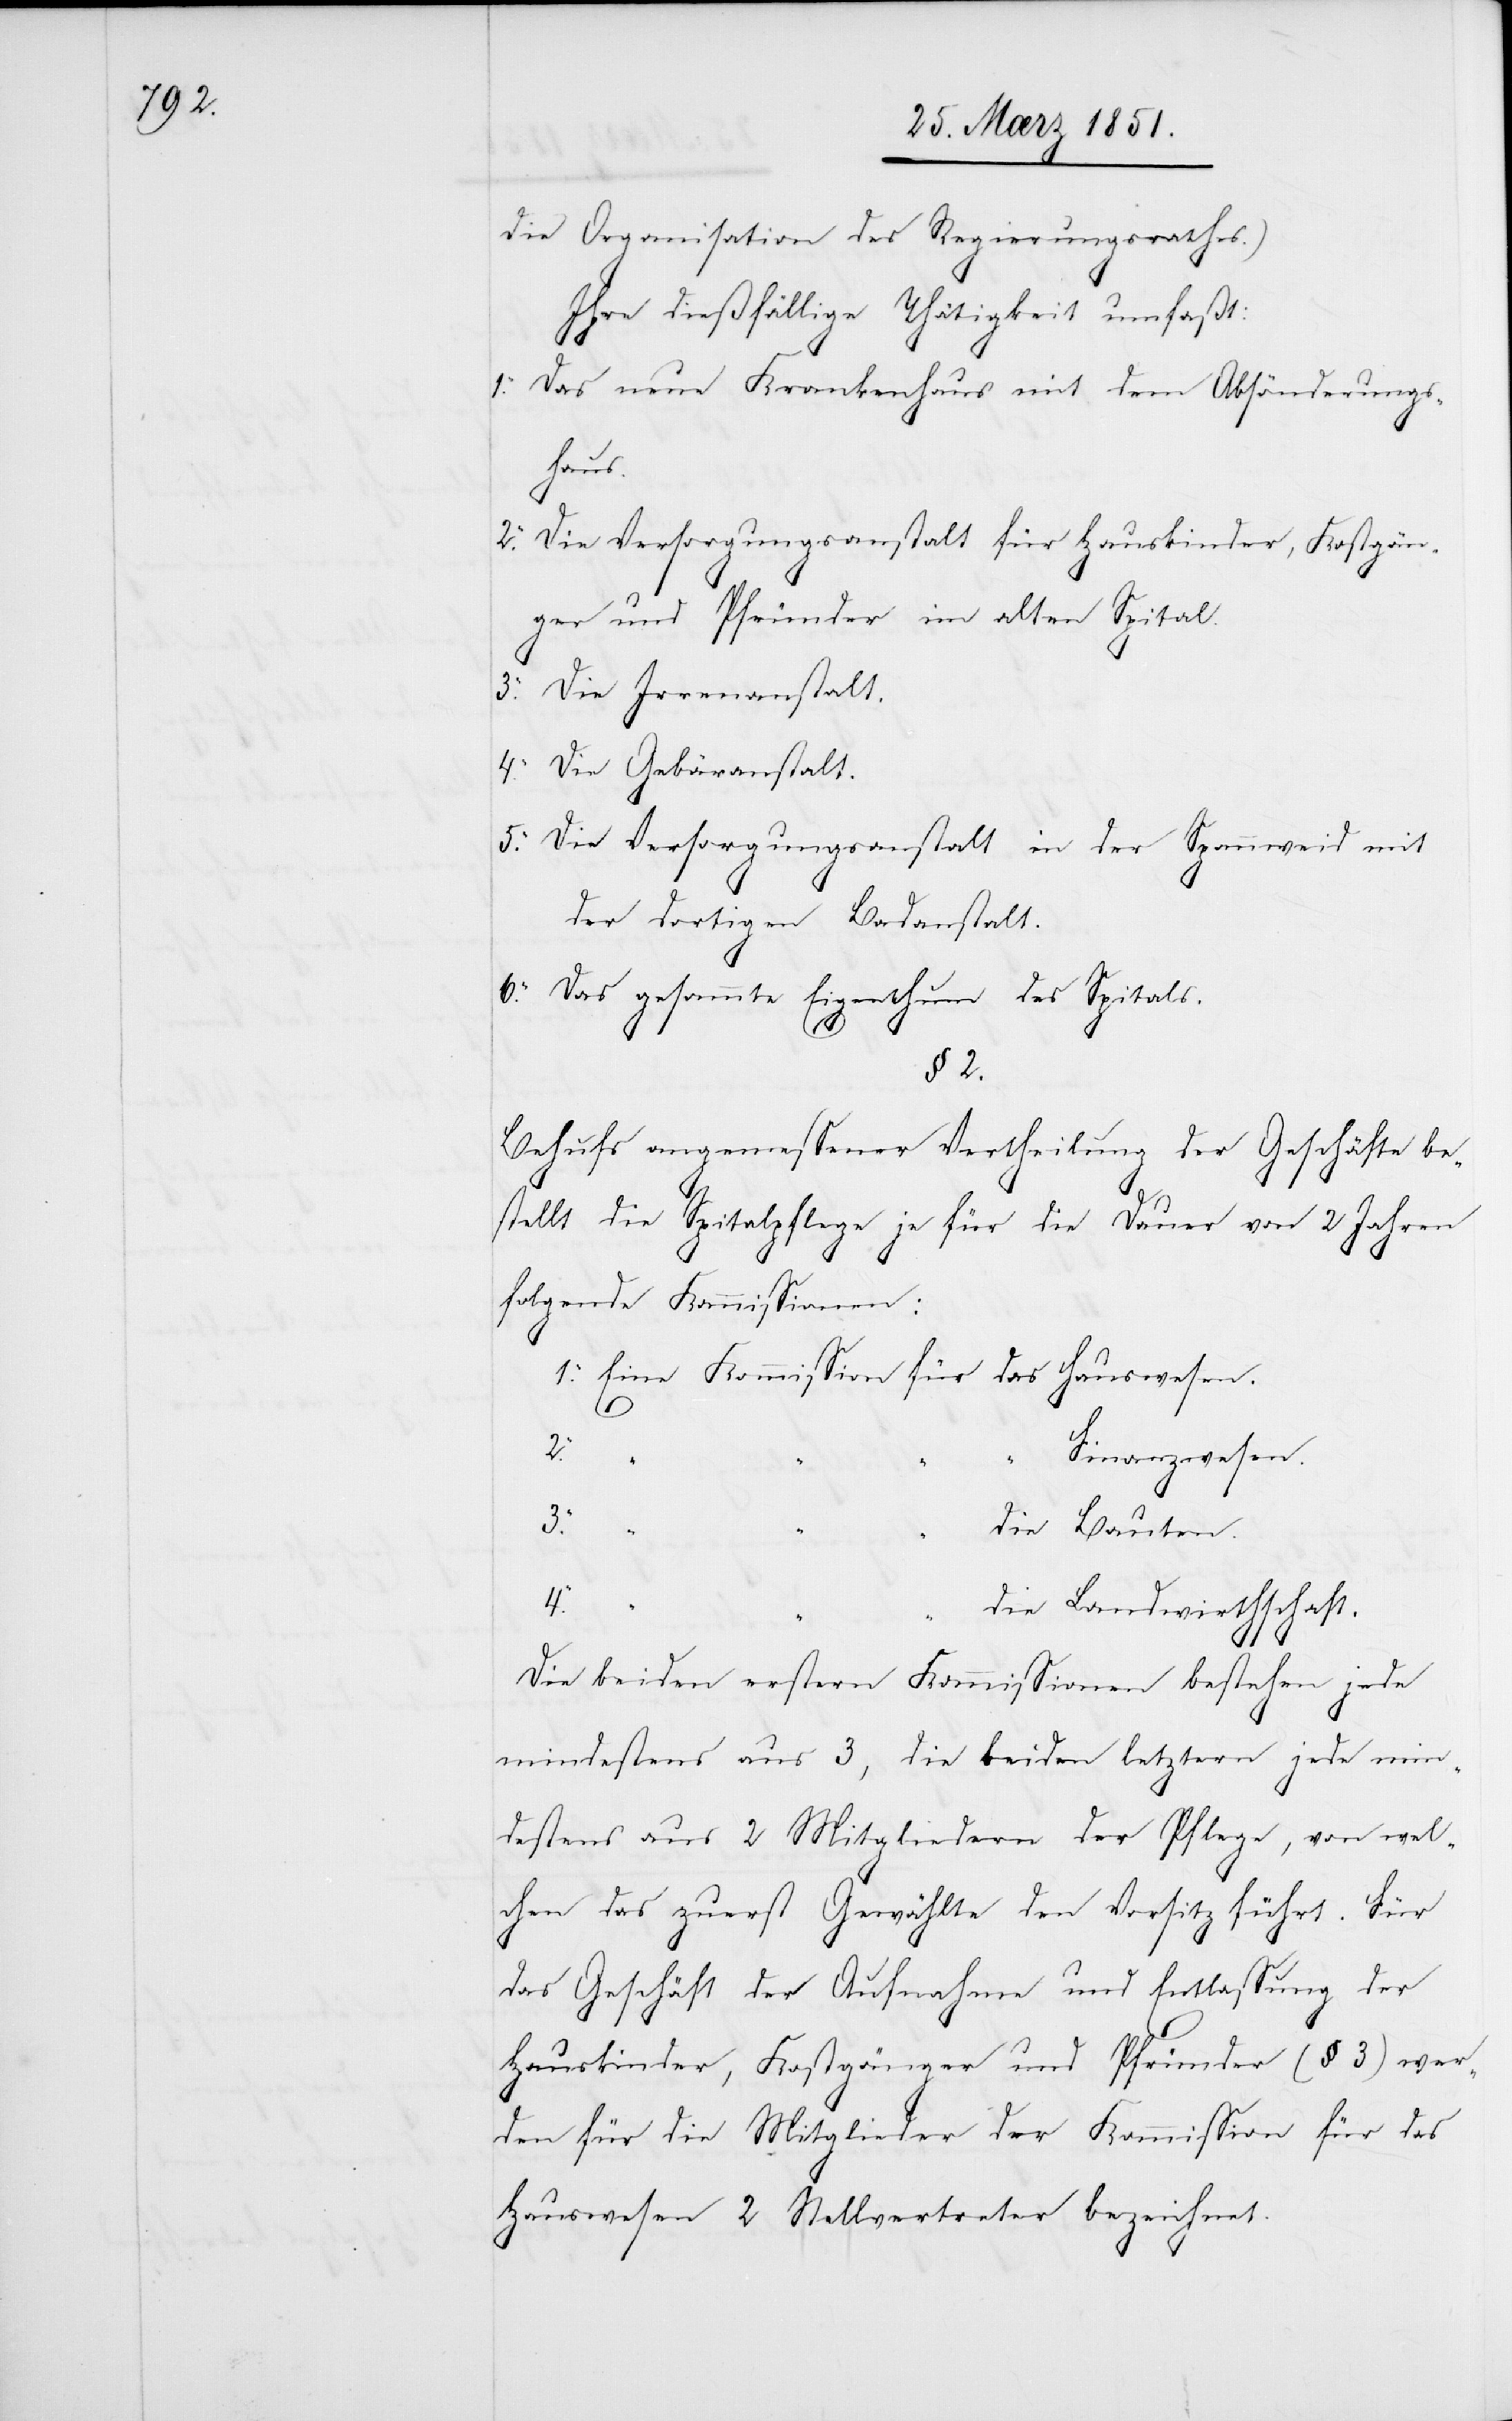
die Organisation des Regierungsrathes.)
Ihre dießfällige Thätigkeit umfaßt:
1.
Das neue Krankenhaus mit dem Absönderungs¬
haus.
Die Versorgungsanstalt für Hauskinder, Kostgän¬
ger und Pfründer im alten Spital.
Die Irrenanstalt.
Die Gebäranstalt.
Die Versorgungsanstalt in der Spannweid mit
der dortigen Badanstalt.
6.
Das gesammte Eigenthum des Spitals.
3.
§ 2.
Behufs angemessener Vertheilung der Geschäfte be¬
stellt die Spitalpflege je für die Dauer von 2 Jahren
folgende Kommissionen:
Eine Kommission für das Hauswesen.
2.
Finanzwesen.
3.
die Bauten.
4.
die Landwirthschaft.
Die beiden erstern Kommissionen bestehen jede
mindestens aus 3, die beiden letztern jede min¬
destens aus 2 Mitgliedern der Pflege, von wel¬
chen das zuerst Gewählte den Vorsitz führt. Für
das Geschäft der Aufnahme und Entlassung der
Hauskinder, Kostgänger und Pfründer (§ 3) wer¬
den für die Mitglieder der Kommission für das
Hauswesen 2 Stellvertreter bezeichnet.